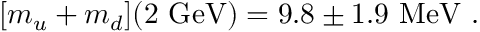
[ m _ { u } + m _ { d } ] ( 2 \ \mathrm { G e V } ) = 9 . 8 \pm 1 . 9 \ \mathrm { M e V } \ .